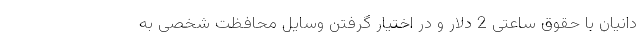
دانیان با حقوق ساعتی 2 دلار و در اختیار گرفتن وسایل محافظت شخصی به